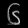
Digit: ၆